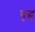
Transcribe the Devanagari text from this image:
वृद्ध्